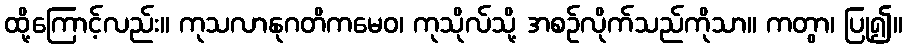
ထို့ကြောင့်လည်း။ ကုသလာနုဂတိကမေဝ၊ ကုသိုလ်သို့ အစဉ်လိုက်သည်ကိုသာ။ ကတွာ၊ ပြု၍။